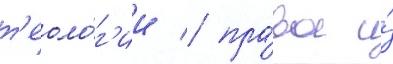
т'еоло́г'ии / пра́ва и́